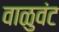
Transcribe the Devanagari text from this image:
वाळुवंट